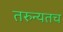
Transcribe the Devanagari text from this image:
तरुन्यतच